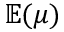
\mathbb { E } ( \mu )